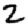
Digit: 2